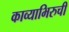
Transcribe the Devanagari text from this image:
काव्याभिरुची